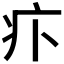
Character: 𤴩